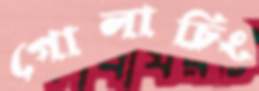
গোলাচিং